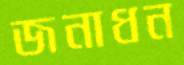
জনাধন